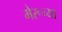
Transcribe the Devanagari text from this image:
मेरूच्या